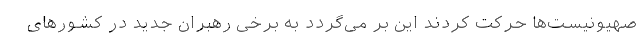
صهیونیست‌ها حرکت کردند این بر می‌گردد به برخی رهبران جدید در کشورهای